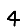
Digit: 4